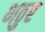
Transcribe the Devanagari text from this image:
भठुर